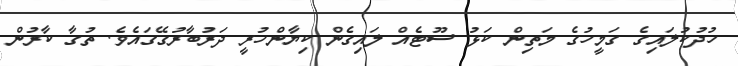
ހުދުކުލައިގެ ގަމީހުގެ މަތިން ކަޅު ސޫޓެއް ލައިގެންްް ކިޔާންްހުރީީ ދަރުބާރުގޭގައެވެ. ތުގާ ކާރުން